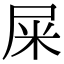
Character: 屎